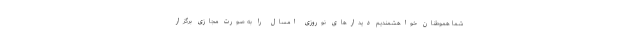
شما هموطنان خواهشمندیم دیدارهای نوروزی امسال را به صورت مجازی برگزار